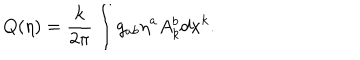
Q ( \eta ) = { \frac { k } { 2 \pi } } \int g _ { a b } \eta ^ { a } A _ { k } ^ { b } d x ^ { k } .